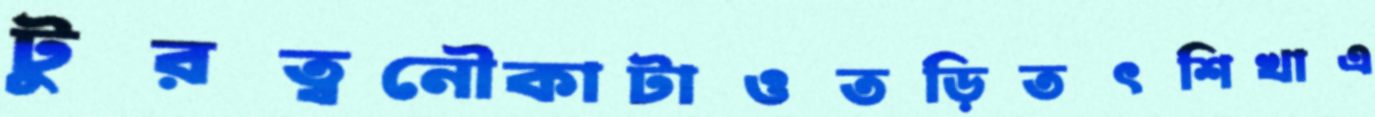
টুরত্বনৌকাটাওতড়িতৎশিখাএ